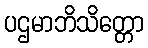
ပဌမာဘိသိတ္တော